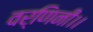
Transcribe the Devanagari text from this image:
वर्णिनी।।